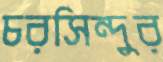
চরসিন্দুর